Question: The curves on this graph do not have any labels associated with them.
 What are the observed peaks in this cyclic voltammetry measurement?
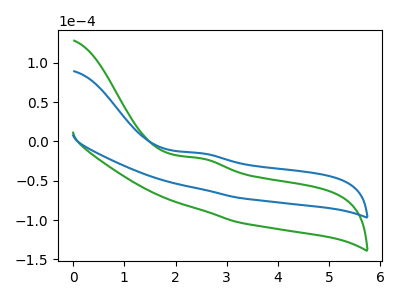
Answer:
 <answer>The green curve "green" has an anodic peak at: (2.50V, -21.40uA). The blue curve "blue" has an anodic peak at: (2.50V, -14.90uA).</answer>
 <eval></eval>